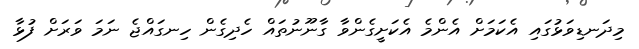
މިދަނޑިވަޅުގައި އެކަމަށް އެންމެ އެކަށީގެންވާ ގާނޫނުތައް ހެދިގެން ހިނގައްޖެ ނަމަ ވަރަށް ފުޅާ